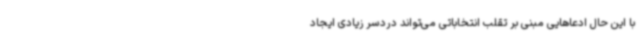
با این حال ادعاهایی مبنی بر تقلب انتخاباتی می‌تواند دردسر زیادی ایجاد